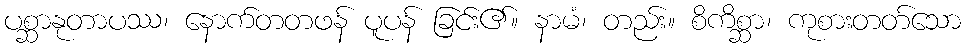
ပစ္ဆာနုတာပဿ၊ နောက်တတဖန် ပူပန် ခြင်း၏။ နာမံ၊ တည်း။ စိကိစ္ဆာ၊ ကုစားတတ်သော